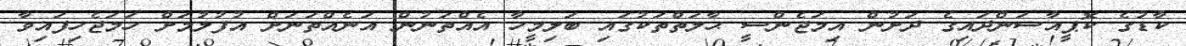
ކާޑުގެ ކޮޕީއާސަންދައިގެ ދަށުން އިމަޖެންސީ ޙާލަތްތަކުގައި ބަލިމީހާ އެއްތަނުން އަނެއްތަނަށް އުފުލުމަށް ހަމަޖެހިފައިވާ